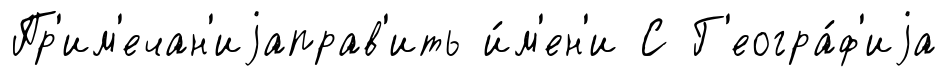
Пр'им'ечан'иjаправ'ить и́м'ен'и С Г'еогра́ф'иjа